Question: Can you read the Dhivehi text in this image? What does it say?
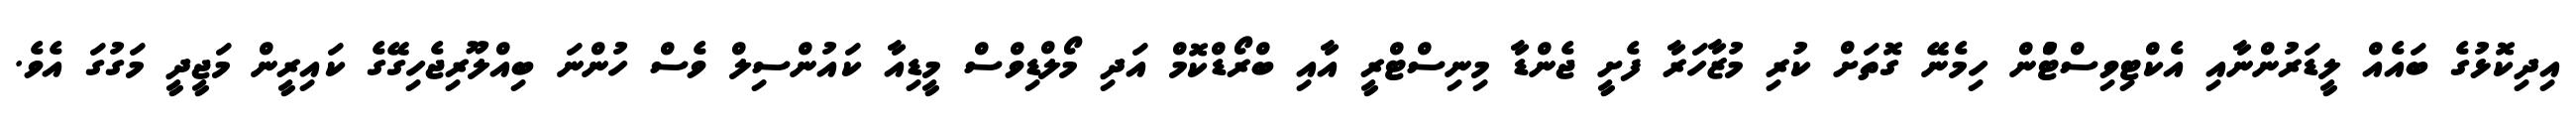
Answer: އިދިކޮޅުގެ ބައެއް ލީޑަރުންނާއި އެކްޓިވިސްޓްުން ހިމެނޭ ގޮތަށް ކުރި މުޒާހަރާ ފެށީ ޖެންޑާ މިނިސްޓްރީ އާއި ބްރޯޑްކޮމް އަދި މޯލްޑިވްސް މީޑިއާ ކައުންސިލް ވެސް ހުންނަ ބިއްލޫރިޖެހިގޭގެ ކައިރީން މަޖީދީ މަގުގަ އެވެ.